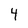
Character: 4